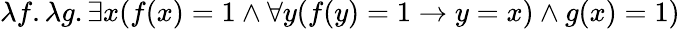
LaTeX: \lambda f.\lambda g.\exists x(f(x)=1\land\forall y(f(y)=1\rightarrow y=x)\land g(x)=1)